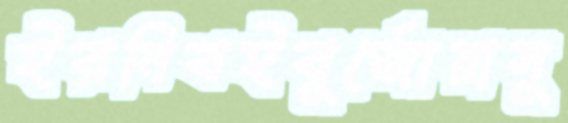
ইরনিবইবুর্জোয়াসু